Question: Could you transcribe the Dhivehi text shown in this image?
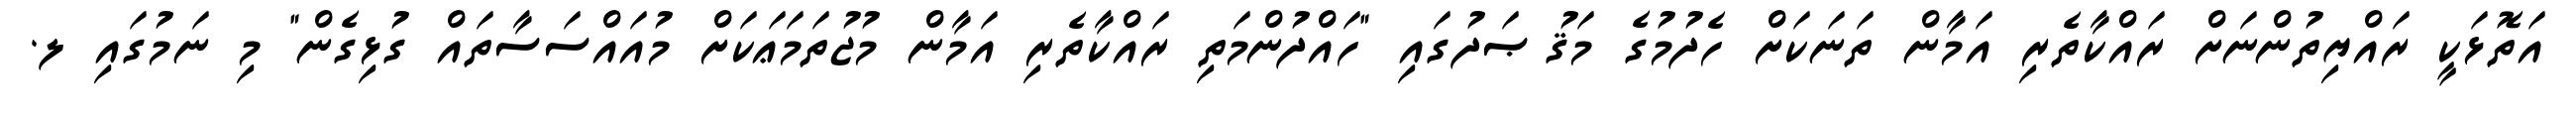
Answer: އަތޮޅަކީ ރައްޔިތުންނަށް ރައްކާތެރި އަމާން ތަނަކަށް ހެދުމުގެ މަޤުޞަދުގައި "ހައްދުންމަތި ރައްކާތެރި އަމާން މުޖުތަމަޢަކަށް މުއައްސަސާތައް ގުޅިގެން" މި ނަމުގައި ލ.